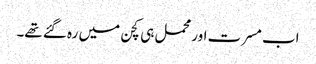
اب مسرت اور محمل ہی کچن میں رہ گئے تھے۔